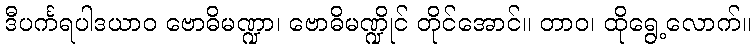
ဒီပင်္ကရပါဒယာဝ ဗောဓိမဏ္ဍာ၊ ဗောဓိမဏ္ဍိုင် တိုင်အောင်။ တာဝ၊ ထိုရွေ့လောက်။